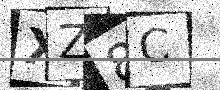
Text: XZ8C